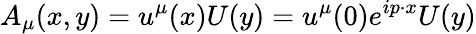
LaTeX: A_{\mu}(x,y)=u^{\mu}(x)U(y)=u^{\mu}(0)e^{ip\cdot x}U(y)